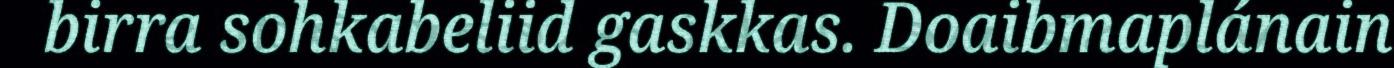
birra sohkabeliid gaskkas. Doaibmaplánain